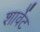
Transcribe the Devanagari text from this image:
शार्वेट